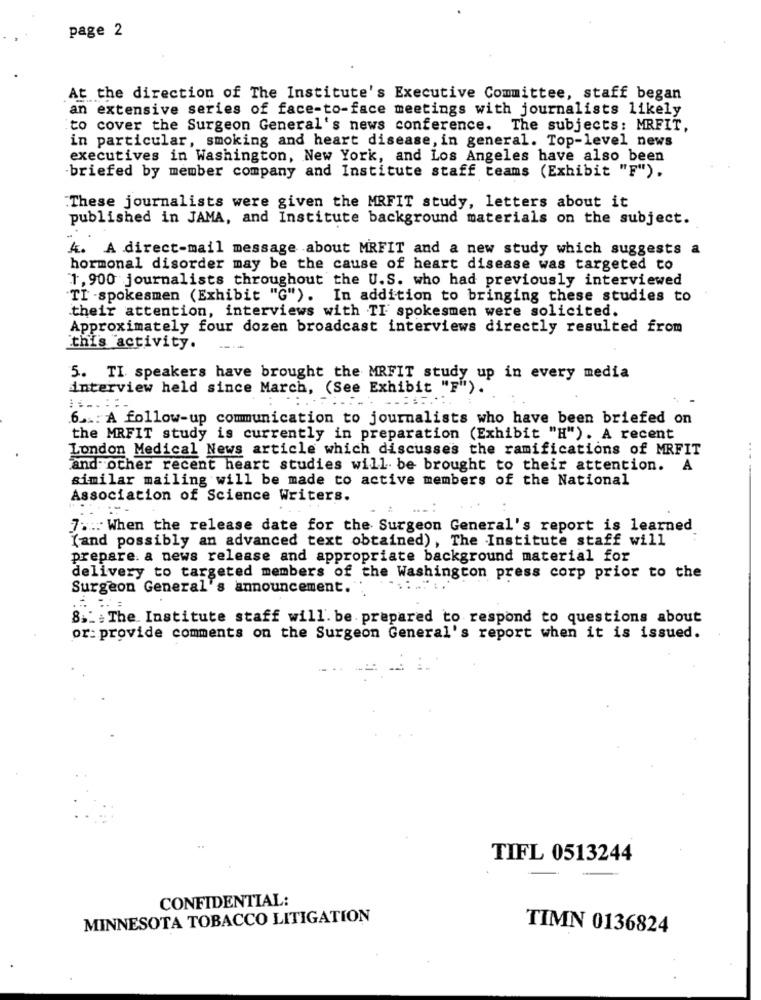
page 2
At the direction of The Institute's Executive Committee, staff began
an extensive series of face-to-face meetings with journalists likely
to cover the Surgeon General's news conference. The subjects: MRFIT,
in particular, smoking and heart disease, in general. Top-level news
executives in Washington, New York, and Los Angeles have also been
-briefed by member company and Institute staff teams (Exhibit "F").
These journalists were given the MRFIT study, letters about it
published in JAMA, and Institute background materials on the subject.
4. A direct-mail message about MRFIT and a new study which suggests a
hormonal disorder may be the cause of heart disease was targeted to
1, 900 journalists throughout the U.S. who had previously interviewed
TI -spokesmen (Exhibit "G"). In addition to bringing these studies to
their attention, interviews with TI spokesmen were solicited.
Approximately four dozen broadcast interviews directly resulted from
this activity.
5. TI speakers have brought the MRFIT study up in every media
interview held since March, (See Exhibit "F").
.....:
6 ... A follow-up communication to journalists who have been briefed on
the MRFIT study is currently in preparation (Exhibit "H"). A recent
London Medical News article which discusses the ramifications of MRFIT
and other recent heart studies will be brought to their attention. A
--
similar mailing will be made to active members of the National
Association of Science Writers.
7 ... When the release date for the Surgeon General's report is learned
(and possibly an advanced text obtained) , The Institute staff will
prepare. a news release and appropriate background material for
delivery to targeted members of the Washington press corp prior to the
Surgeon General's announcement.
8.1 .The Institute staff will. be prepared to respond to questions about
or: provide comments on the Surgeon General's report when it is issued.
TIFL 0513244
CONFIDENTIAL:
MINNESOTA TOBACCO LITIGATION
TIMN 0136824